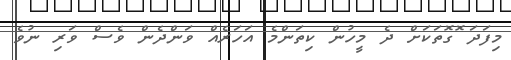
މިފަދަ ޮގޮތަކަށް ދެ މީހުން ކިތަންމެ އަހަރެއް ވަންދެން ވެސް ވަރި ނުވެ